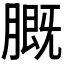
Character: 𬛑